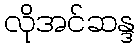
လိုအင်ဆန္ဒ